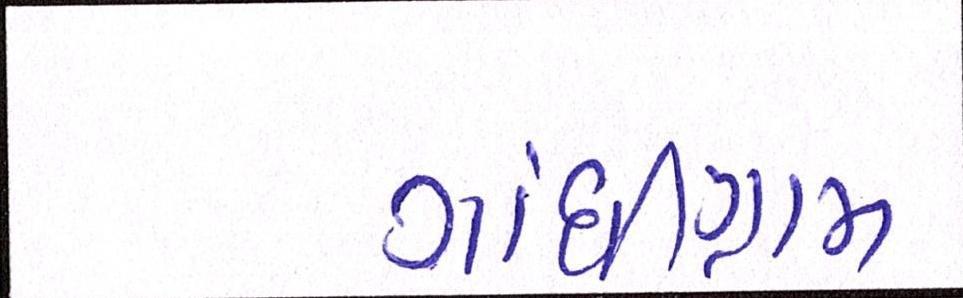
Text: ગાંધીગ્રામ